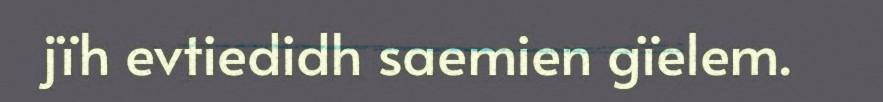
jïh evtiedidh saemien gïelem.